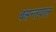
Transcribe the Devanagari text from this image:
बसन्तपाल